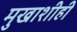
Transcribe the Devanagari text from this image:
मुखाशीही